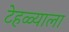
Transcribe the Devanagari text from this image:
टेहळ्याला